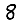
Digit: 8